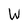
Character: W